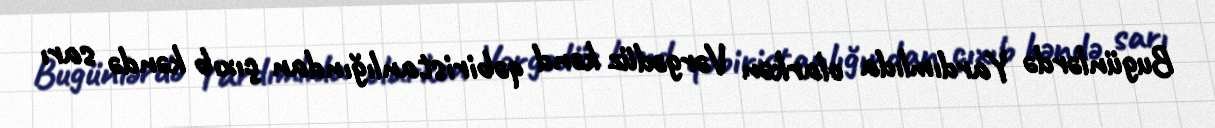
Bugünlərdə Yardımlıda olarkən Vərgədüz kənd qəbiristanlığından çıxıb kəndə sarı